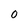
Character: O